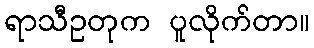
ရာသီဥတုက ပူလိုက်တာ။